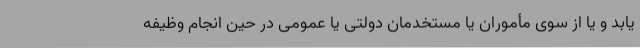
یابد و یا از سوی مأموران یا مستخدمان دولتی یا عمومی در حین انجام وظیفه